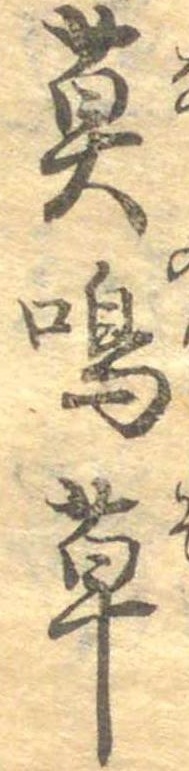
莫鳴草